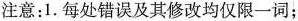
注意：1.每处错误及其修改均仅限一词；